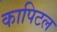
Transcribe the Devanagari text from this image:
कापिटल